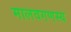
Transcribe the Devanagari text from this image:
मालवगणस्य